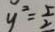
y ^ { 2 } = \frac { 5 } { 2 }